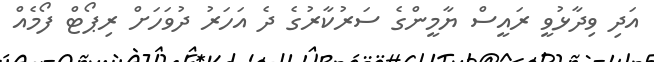
އަދި ވިދާޅުވީ ރައީސް ޔާމީންގެ ސަރުކާރުގެ ދެ އަހަރު ދުވަހަށް ރިޕޯޓް ފޯމެއް